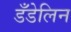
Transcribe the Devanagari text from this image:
डँडेलिन